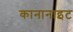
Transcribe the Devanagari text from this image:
कानानाइट